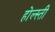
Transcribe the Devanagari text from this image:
होल्स्ती